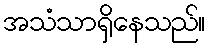
အသံသာရှိနေသည်။